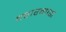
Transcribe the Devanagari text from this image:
वडारगाडा